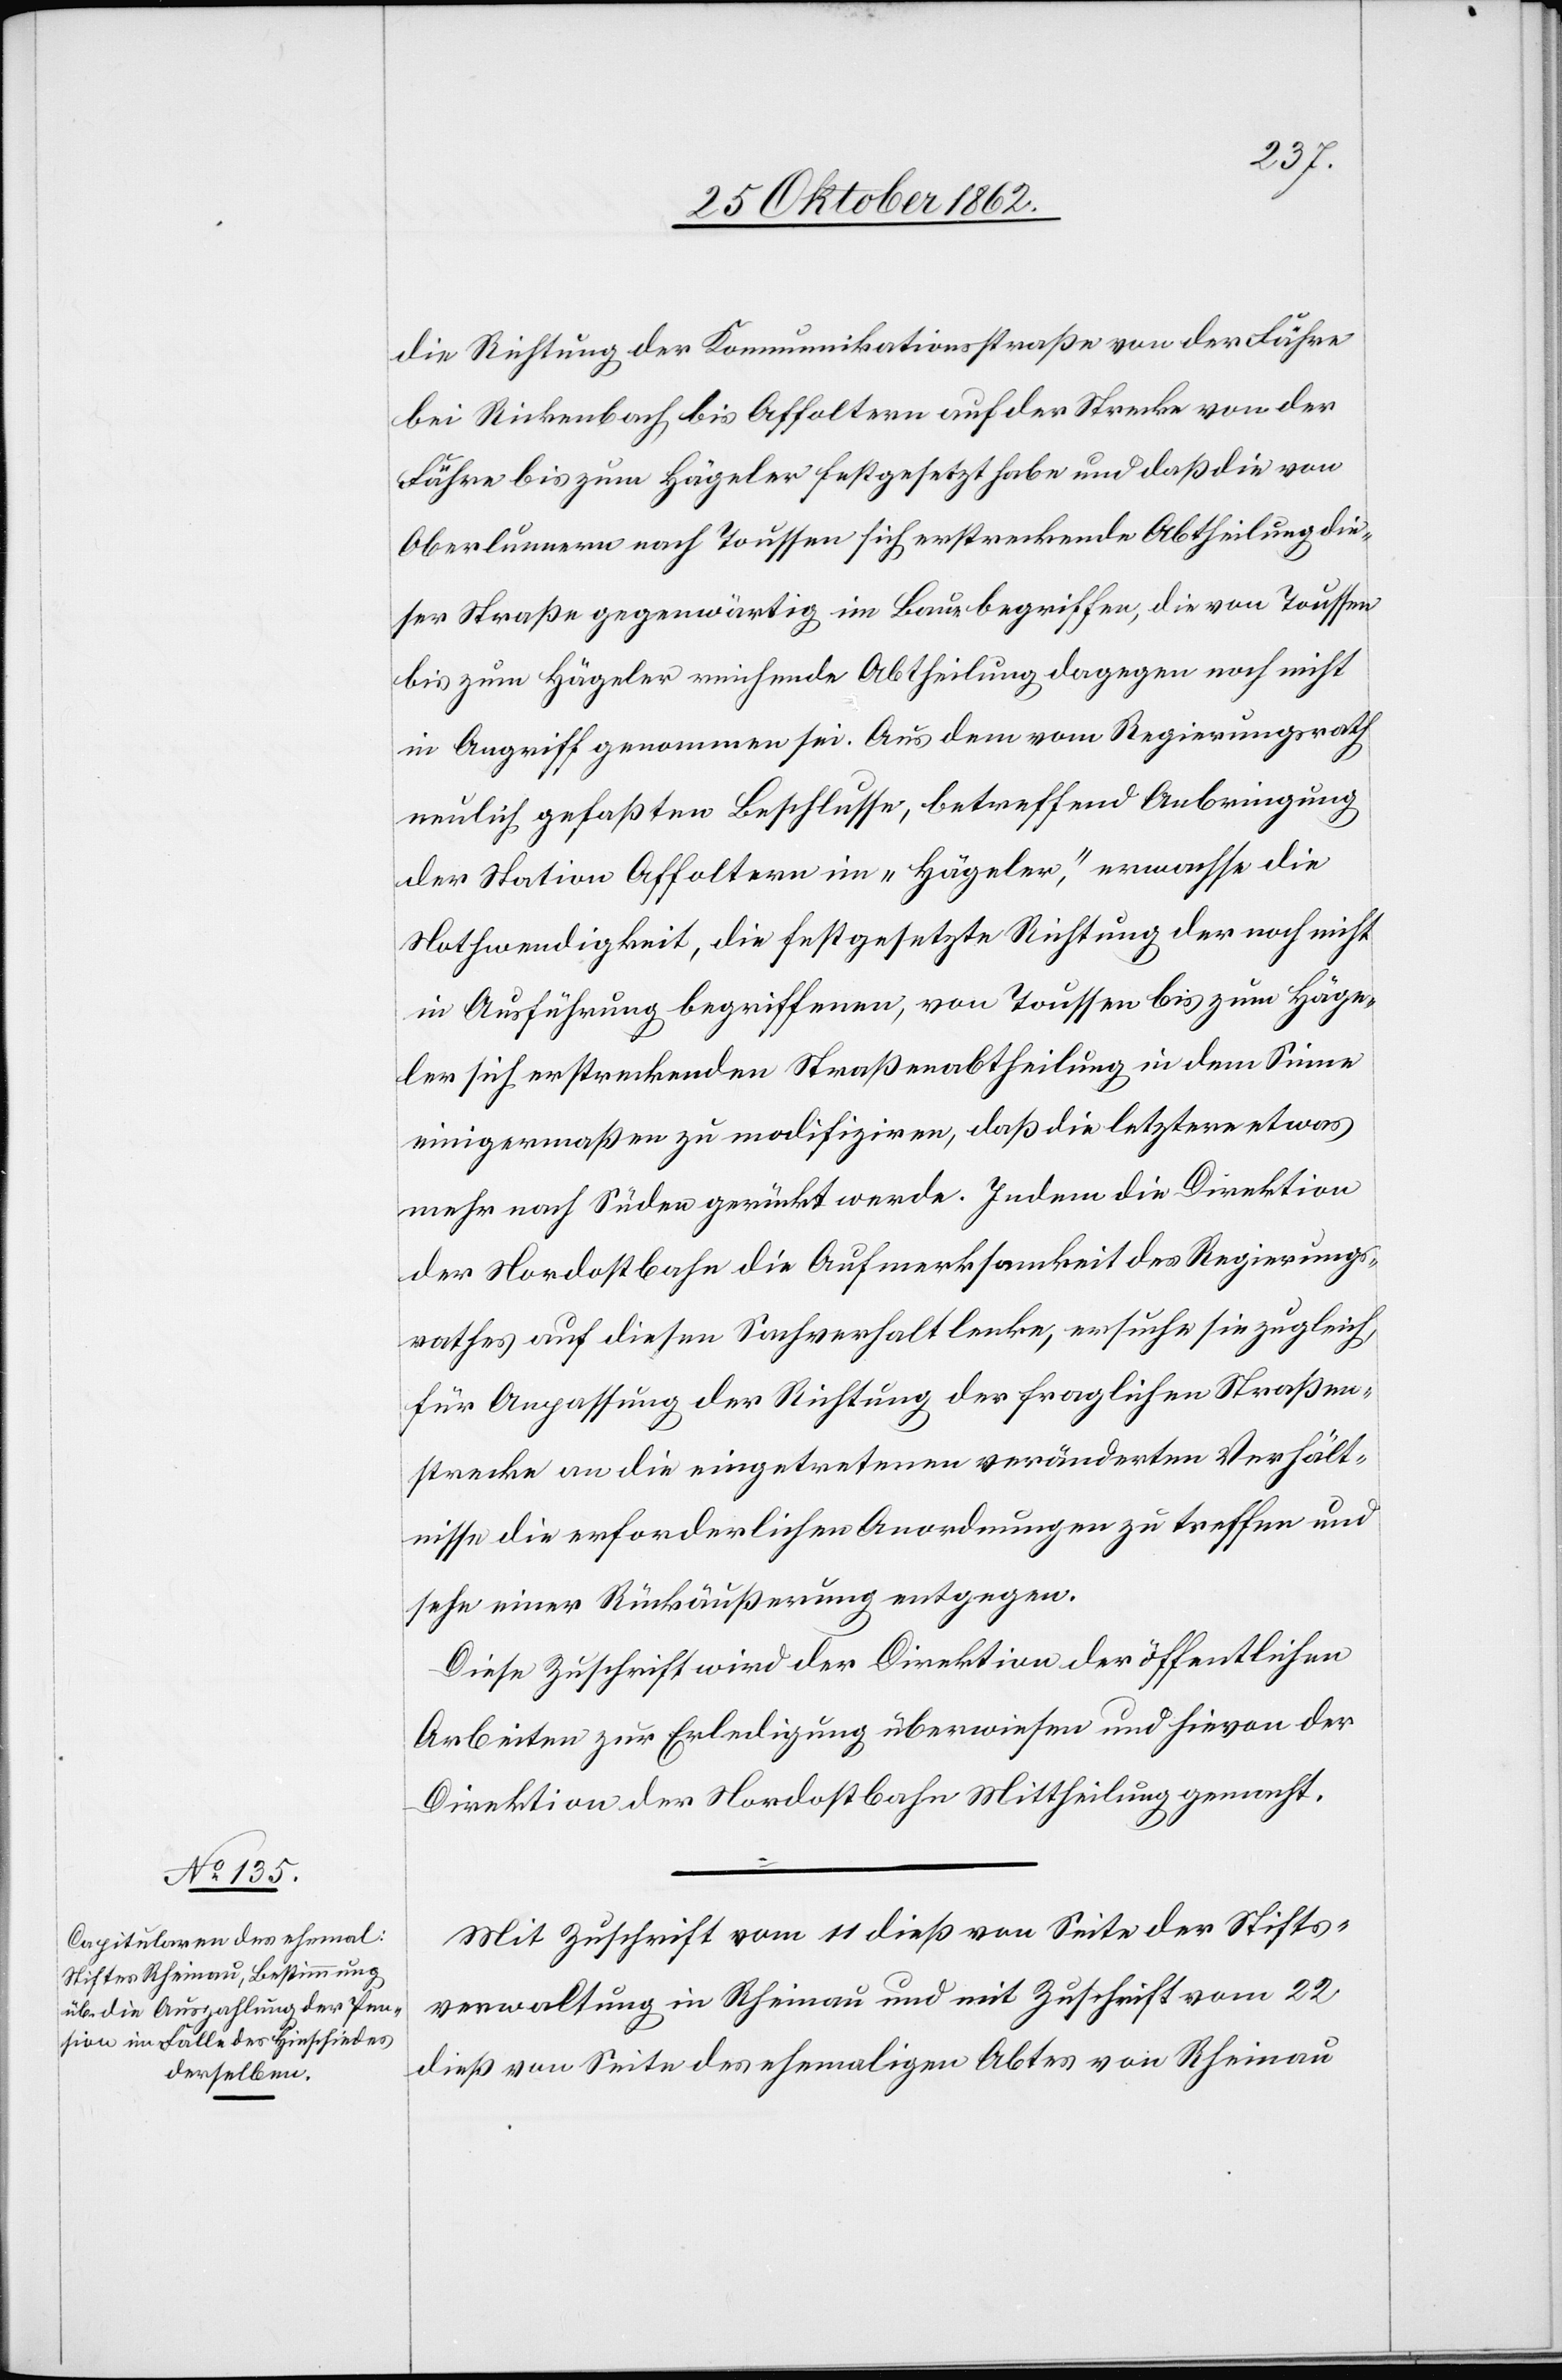
die Richtung der Kommunikationsstraße von der Fähre
bei Rickenbach bis Affoltern auf der Strecke von der
Fähre bis zum Hägeler festgesetzt habe und daß die von
Oberlunnern nach Toussen sich erstreckende Abtheilung die¬
ser Straße gegenwärtig im Baue begriffen, die von Toussen
bis zum Hägeler reichende Abtheilung dagegen noch nicht
in Angriff genommen sei. Aus dem vom Regierungsrath
neulich gefaßten Beschlusse, betreffend Anbringung
der Station Affoltern im „Hägeler“, erwachse die
Nothwendigkeit, die festgesetzte Richtung der noch nicht
in Ausführung begriffenen, von Toussen bis zum Häge¬
ler sich erstreckenden Straßenabtheilung in dem Sinne
einigermaßen zu modifiziren, daß die letztere etwas
mehr nach Süden gerückt werde. Indem die Direktion
der Nordostbahn die Aufmerksamkeit des Regierungs¬
rathes auf diesen Sachverhalt lenke, ersuche sie zugleich
für Anpassung der Richtung der fraglichen Straßen¬
strecke an die eingetretenen veränderten Verhält¬
nisse die erforderlichen Anordnungen zu treffen und
sehe einer Rückäußerung entgegen.
Diese Zuschrift wird der Direktion der öffentlichen
Arbeiten zur Erledigung überwiesen und hievon der
Direktion der Nordostbahn Mittheilung gemacht.
Mit Zuschrift vom 11 dieß von Seite der Stifts¬
verwaltung in Rheinau und mit Zuschrift vom 22
dieß von Seite des ehemaligen Abtes von Rheinau